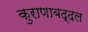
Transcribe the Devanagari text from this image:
कुराणाबद्दल